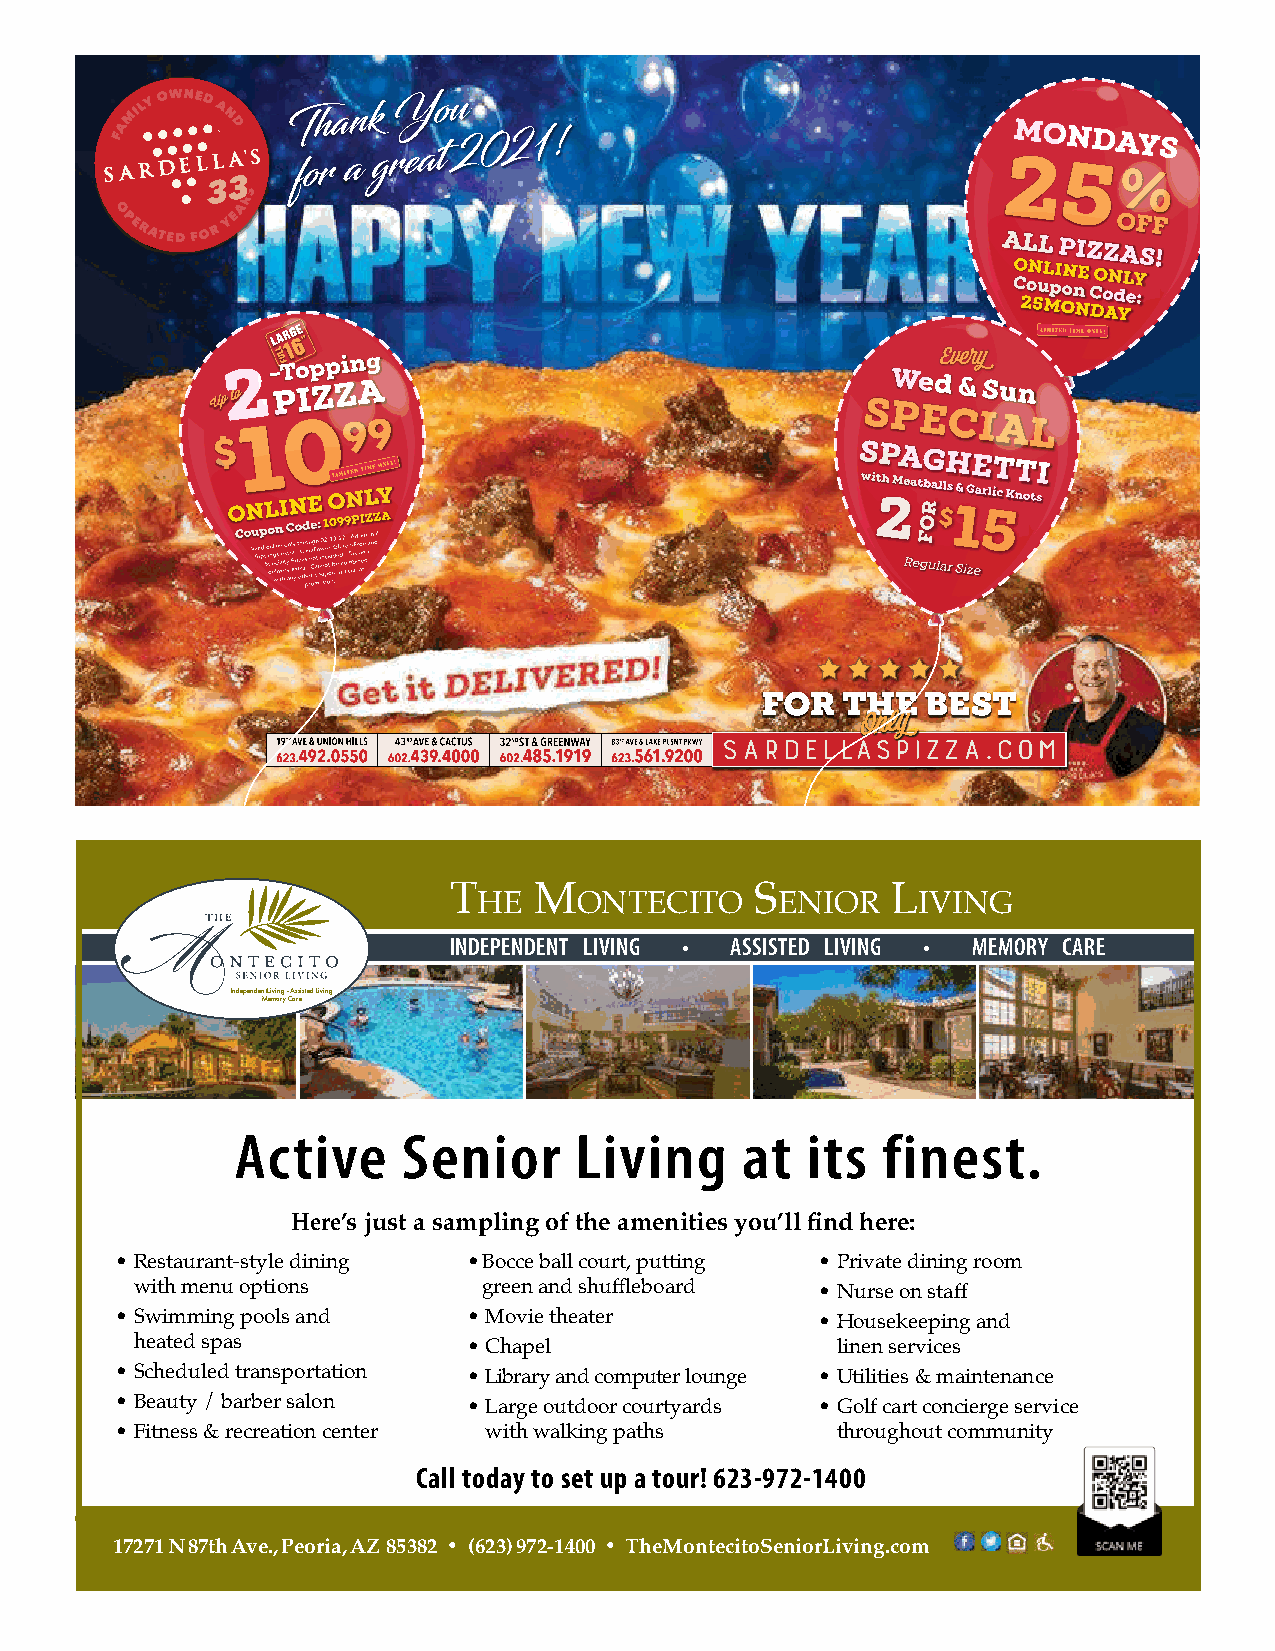
T    M              S        L
 he    onTeciTo     enior     iving
 INDEPENDENT LIVING • ASSISTED LIVING • MEMORY CARE
 Independent Living • Assisted Living
 Memory Care
 Active     Senior     Living     at  its  finest.
 Here’s just a sampling of the amenities you’ll find here:
 • Restaurant-style dining • Bocce ball court, putting • Private dining room
 with menu options      green and shuffleboard • Nurse on staff
 • Swimming pools and   • Movie theater        • Housekeeping and
 heated spas           • Chapel                linen services
 • Scheduled transportation • Library and computer lounge • Utilities & maintenance
 • Beauty / barber salon • Large outdoor courtyards • Golf cart concierge service
 • Fitness & recreation center with walking paths throughout community
 Call today to set up a tour! 623-972-1400
 17271 N 87th Ave., Peoria, AZ 85382 • (623) 972-1400 • TheMontecitoSeniorLiving.com